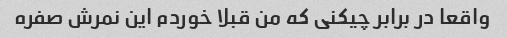
واقعا در برابر چیکنی که من قبلا خوردم این نمرش صفره